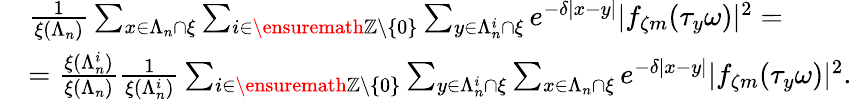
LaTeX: \begin{array}{rl}&{\frac{1}{\xi(\Lambda_{n})}\sum_{x\in\Lambda_{n}\cap\xi}\sum_{i\in{\ensuremath{\mathbb Z}}\setminus\{ 0\} }\sum_{y\in\Lambda_{n}^{i}\cap\xi}e^{-\delta|x-y|}|f_{\zeta m}(\tau_{y}\omega)|^{2}=}\\ &{=\frac{\xi(\Lambda_{n}^{i})}{\xi(\Lambda_{n})}\frac{1}{\xi(\Lambda_{n}^{i})}\sum_{i\in{\ensuremath{\mathbb Z}}\setminus\{ 0\} }\sum_{y\in\Lambda_{n}^{i}\cap\xi}\sum_{x\in\Lambda_{n}\cap\xi}e^{-\delta|x-y|}|f_{\zeta m}(\tau_{y}\omega)|^{2}.}\end{array}